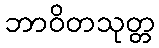
ဘာဝိတသုတ္တ